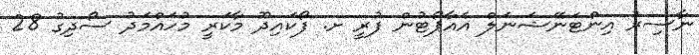
ނާސިރު އިންޓަނޭޝަނަލް އެއާޕޯޓުން ފުރީ ށ. ފޯކައިދޫ މާކަރީ މުހައްމަދު ސޯދިގު 28